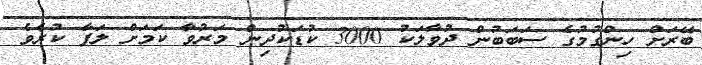
ބޭރަށް ހިންގުމުގެ ސަބަބުން ދުވާލަކު 3000 ކުޑަކުދިން މަރުވާ ކަމަށް ލަފާ ކުރެވެ